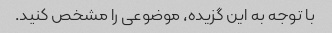
با توجه به این گزیده، موضوعی را مشخص کنید.